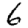
Digit: 6